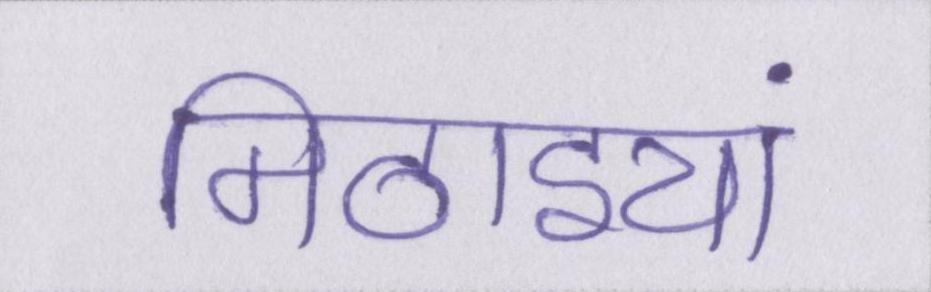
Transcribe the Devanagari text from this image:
मिठाइयां